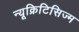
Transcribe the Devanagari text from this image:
न्यूक्रिटिसिज्म